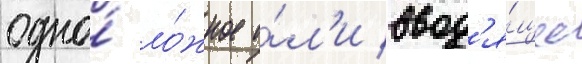
одно́ ло́жное и́л'и ввод'я́щее